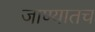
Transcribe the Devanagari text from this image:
जाण्यातच